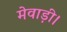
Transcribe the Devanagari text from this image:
मेवाड़ी।